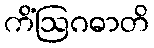
ကိံဩဂဓာတိ